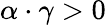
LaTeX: \alpha\cdot\gamma>0